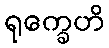
ရုက္ခေဟိ